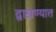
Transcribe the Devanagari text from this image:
द्वाखण्यात